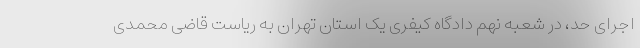
اجرای حد، در شعبه نهم دادگاه کیفری یک استان تهران به ریاست قاضی محمدی